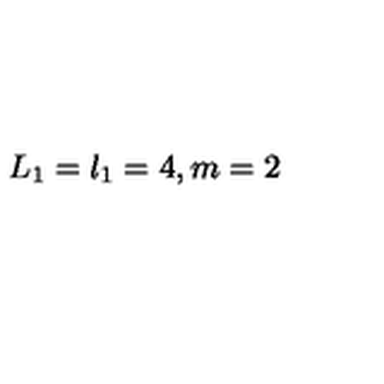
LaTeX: L _ { 1 } = l _ { 1 } = 4 , m = 2